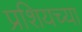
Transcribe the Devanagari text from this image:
प्रशियच्या